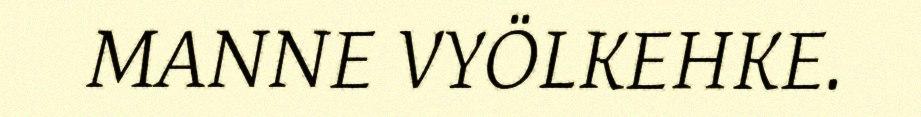
MANNE VYÖLKEHKE.